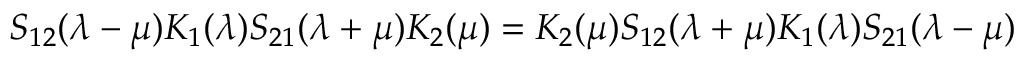
S _ { 1 2 } ( \lambda - \mu ) K _ { 1 } ( \lambda ) S _ { 2 1 } ( \lambda + \mu ) K _ { 2 } ( \mu ) = K _ { 2 } ( \mu ) S _ { 1 2 } ( \lambda + \mu ) K _ { 1 } ( \lambda ) S _ { 2 1 } ( \lambda - \mu )